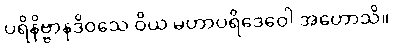
ပရိနိဗ္ဗာနဒိဝသေ ဝိယ မဟာပရိဒေဝေါ အဟောသိ။